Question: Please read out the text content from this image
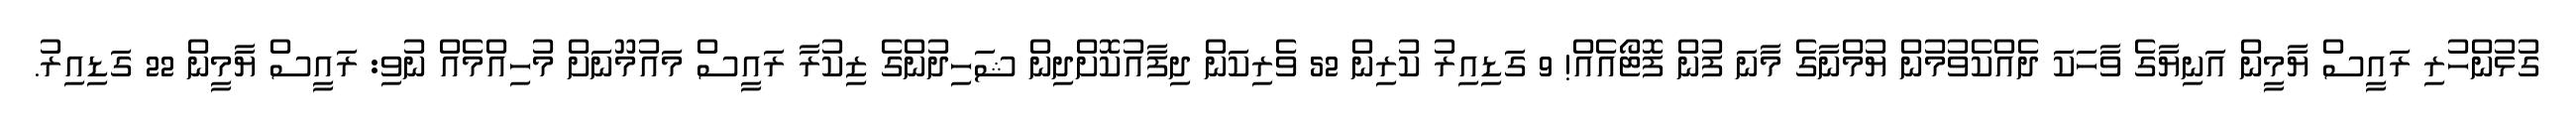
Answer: ގުޅުންހުރި ރައީސް ޔާމީން އަނިޔާގެ ވާހަކަ ދެއްކެވުމުން ޔުމްނާގެ މާނަ ފުން ފޮޓޯއެއް! 9 ގަޑިއިރު ކުރިން 52 ވެރިކަން ދިފާއުކޮށްދިން ޝަހިދުންގެ ޒިކުރާ ރައީސް މައުމޫނަށް މުހިއްމެއް ނުވި: ރައީސް ޔާމީން 22 ގަޑިއިރު.